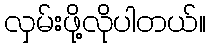
လှမ်းဖို့လိုပါတယ်။